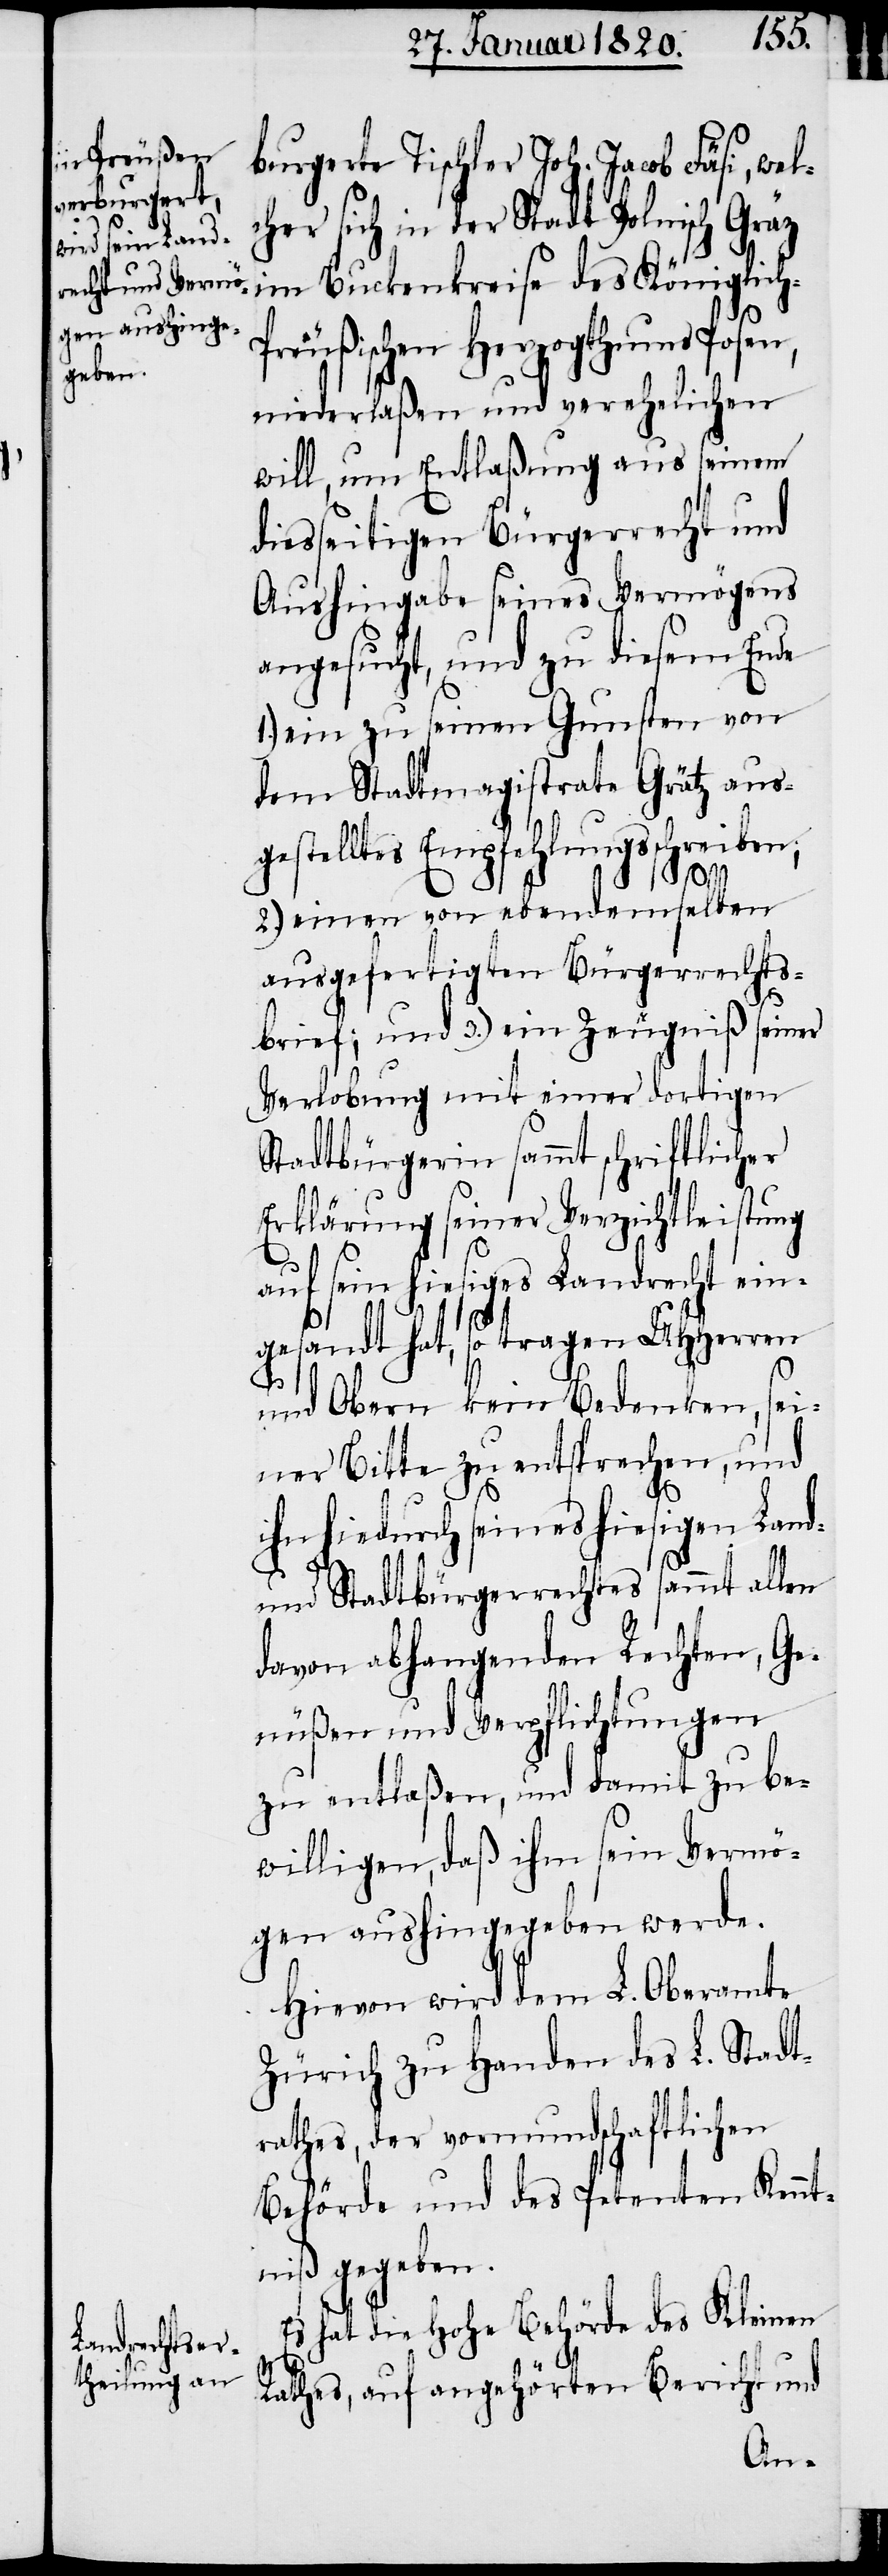
burgerte Tischler Joh. Jacob Fäsi, wel¬
cher sich in der Stadt Polnisch Gräz
im Buckenkreise des Königlic¬
reußischen Herzogthums Posen,
niederlaßen und verehelichen
will, um Entlaßung aus seinem
diesseitigen Bürgerrecht und
Aushingabe seines Vermögens
angesucht, und zu diesem Ende
1.) ein zu seinen Gunsten von
dem Stadtmagistrate Grätz aus¬
gestelltes Empfehlungsschreiben,
h-P¬
2.) einen von ebendemselben
ausgefertigten Bürgerrechts¬
brief; und 3.) ein Zeugniß seiner
Verlobung mit einer dortigen
Stadtbürgerin sammt schriftlicher
Erklärung seiner Verzichtleistung
auf sein hiesiges Landrecht ein¬
gesandt hat, so tragen UHHerren
und Obern kein Bedenken, sei¬
ner Bitte zu entsprechen, und
ihn hiedurch seines hiesigen Land-
und Stadtbürgerrechtes sammt allen
davon abhangenden Rechten, Ge¬
nüßen und Verpflichtungen
zu entlaßen, und damit zu be¬
willigen, daß ihm sein Vermö¬
gen aushingegeben werde.
Hievon wird dem L. Oberamte
Zürich zu Handen des L. Stadt¬
rathes, der vormundschaftlichen
Behörde und des Petenten Kennt¬
niß gegeben.
Es hat die Hohe Behörde des Kleinen
Rathes, auf angehörten Bericht und